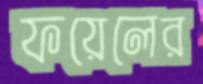
ফয়েলের